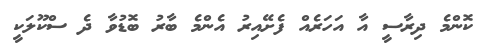
ކޮންމެ ދިރާސީ އާ އަހަރެއް ފެށޭއިރު އެންމެ ބާރު ބޮޑުވާ ދެ ސްކޫލަކީ